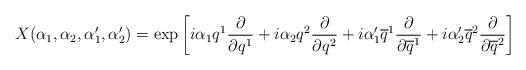
LaTeX: \begin{align*}X(\alpha_1,\alpha_2,\alpha'_1,\alpha'_2)=\exp \left[ i\alpha_1 q^1{\partial\over\partial q^1}+ i\alpha_2 q^2{\partial\over\partial q^2}+i\alpha'_1 \overline{q}^1{\partial\over\partial \overline{q}^1}+i\alpha'_2 \overline{q}^2{\partial\over\partial \overline{q}^2}\right]\end{align*}